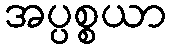
အပ္ပစ္စယာ